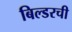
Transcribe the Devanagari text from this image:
बिल्डरची